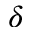
\delta